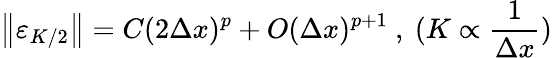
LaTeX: \left\| \varepsilon_{K/2}\right\| =C(2\Delta x)^{p}+O(\Delta x)^{p+1}\mathrm{~,~}(K\propto\frac{1}{\Delta x})